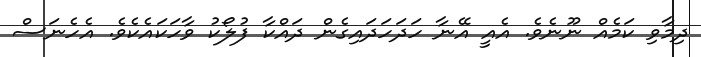
ދިމާވި ކަމެއް ނޫނެވެ. އެއީ އޭނާ ހަދަހަދައިގެން ދައްކާ ފުލޯކު ވާހަކައެކެވެ. އެހެނަސް